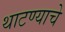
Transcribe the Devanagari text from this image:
थाटण्याचे